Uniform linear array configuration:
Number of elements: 32
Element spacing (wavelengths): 1
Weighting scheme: binomial
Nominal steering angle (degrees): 0
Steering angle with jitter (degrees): -0.3734
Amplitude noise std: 0.05
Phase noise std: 0.05

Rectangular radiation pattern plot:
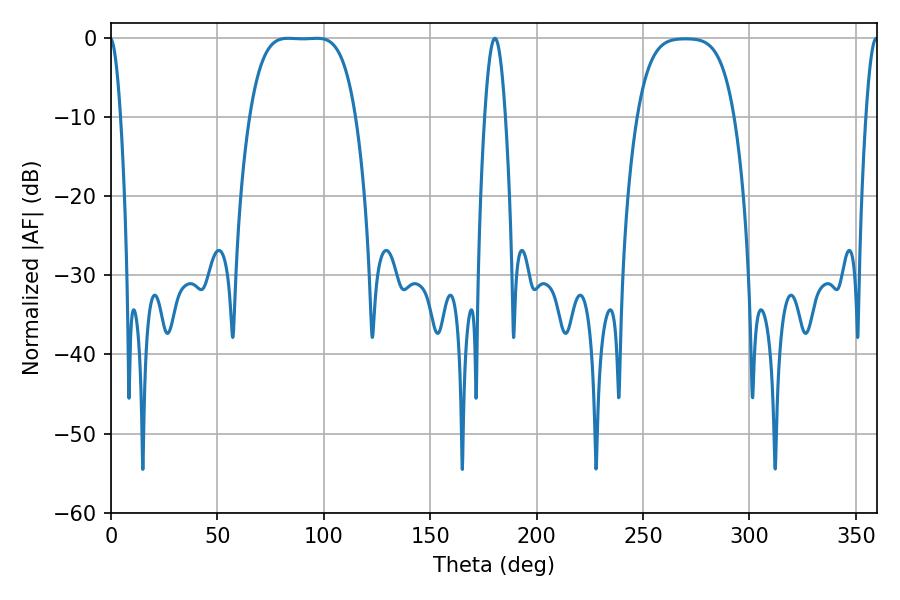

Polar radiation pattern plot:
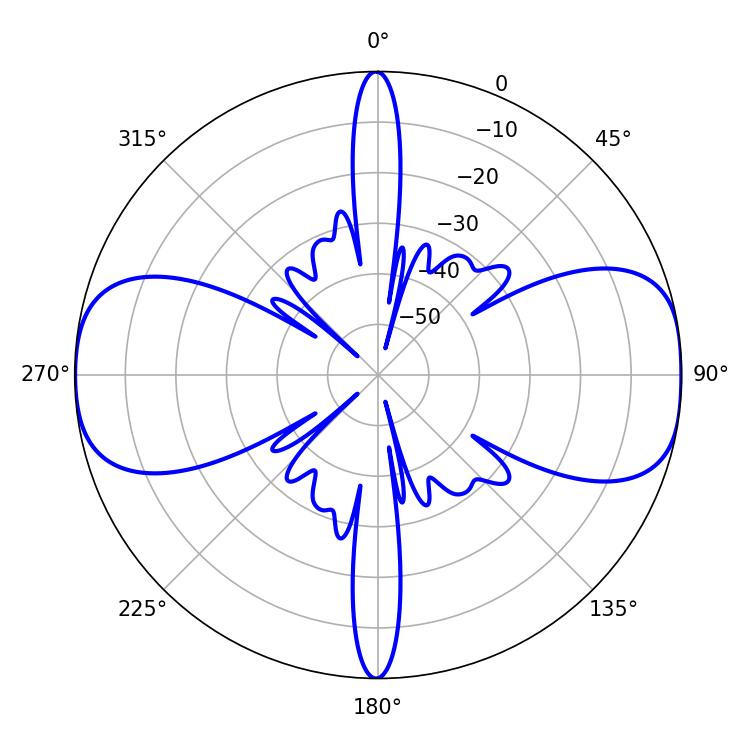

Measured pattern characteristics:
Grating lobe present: TRUE
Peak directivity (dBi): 13.051
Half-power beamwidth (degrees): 37.8
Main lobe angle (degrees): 83.16